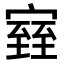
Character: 𪧧